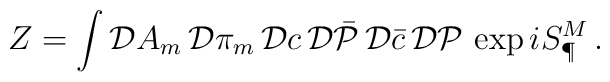
Z= \int {\cal D} A_m \,{\cal D}\pi_m \,{\cal D}c \,{\cal D} \bar {\cal P}\,{\cal D}\bar c\, {\cal D}{\cal P} \, \exp iS^M_\P\,.